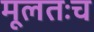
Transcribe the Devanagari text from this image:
मूलतःच